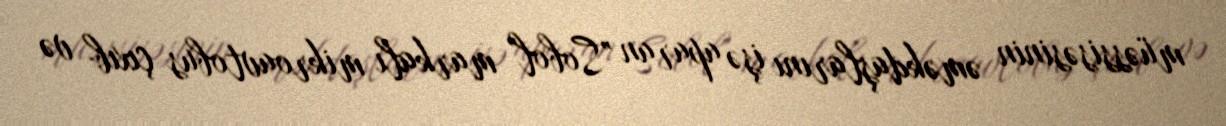
müəssisəsinin əməkdaşlarını işə aparan "Sobol" markalı mikroavtobus çıxıb və